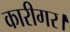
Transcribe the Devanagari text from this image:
कारीगर।